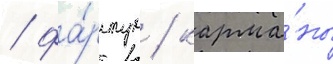
/ фа́ртук / карма́ны